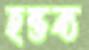
হন্তব্য